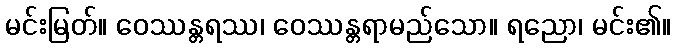
မင်းမြတ်။ ဝေဿန္တရဿ၊ ဝေဿန္တရာမည်သော။ ရညော၊ မင်း၏။